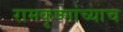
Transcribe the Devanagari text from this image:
रामकृष्णांच्याच